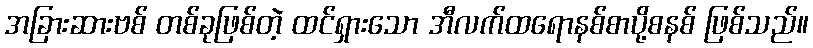
အခြားဆားဗစ် တစ်ခုဖြစ်တဲ့ ထင်ရှားသော အီလက်ထရောနစ်စာပို့စနစ် ဖြစ်သည်။